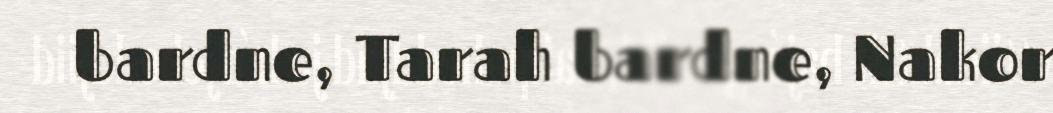
bardne, Tarah bardne, Nakor